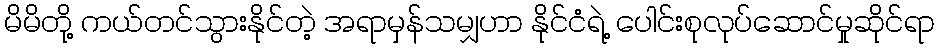
မိမိတို့ ကယ်တင်သွားနိုင်တဲ့ အရာမှန်သမျှဟာ နိုင်ငံရဲ့ ပေါင်းစုလုပ်ဆောင်မှုဆိုင်ရာ